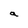
Character: a